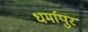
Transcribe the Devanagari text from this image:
धर्मापुर